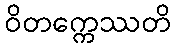
ဝိတက္ကေဿတိ